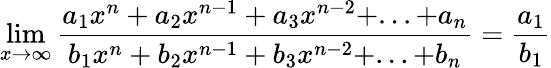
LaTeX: \operatorname*{lim}_{x\to\infty}{\frac{a_{1}{x}^{n}+a_{2}{x}^{n-1}+a_{3}{x}^{n-2}+...+a_{n}}{b_{1}{x}^{n}+b_{2}{x}^{n-1}+b_{3}{x}^{n-2}+...+b_{n}}}={\frac{a_{1}}{b_{1}}}